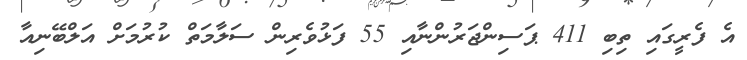
އެ ފެރީގައި ތިބި 411 ޕަސިންޖަރުންނާއި 55 ފަޅުވެރިން ސަލާމަތް ކުރުމަށް އަލްބޭނިއާ